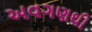
અવગણથી